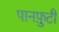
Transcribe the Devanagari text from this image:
पानफ़ुटी